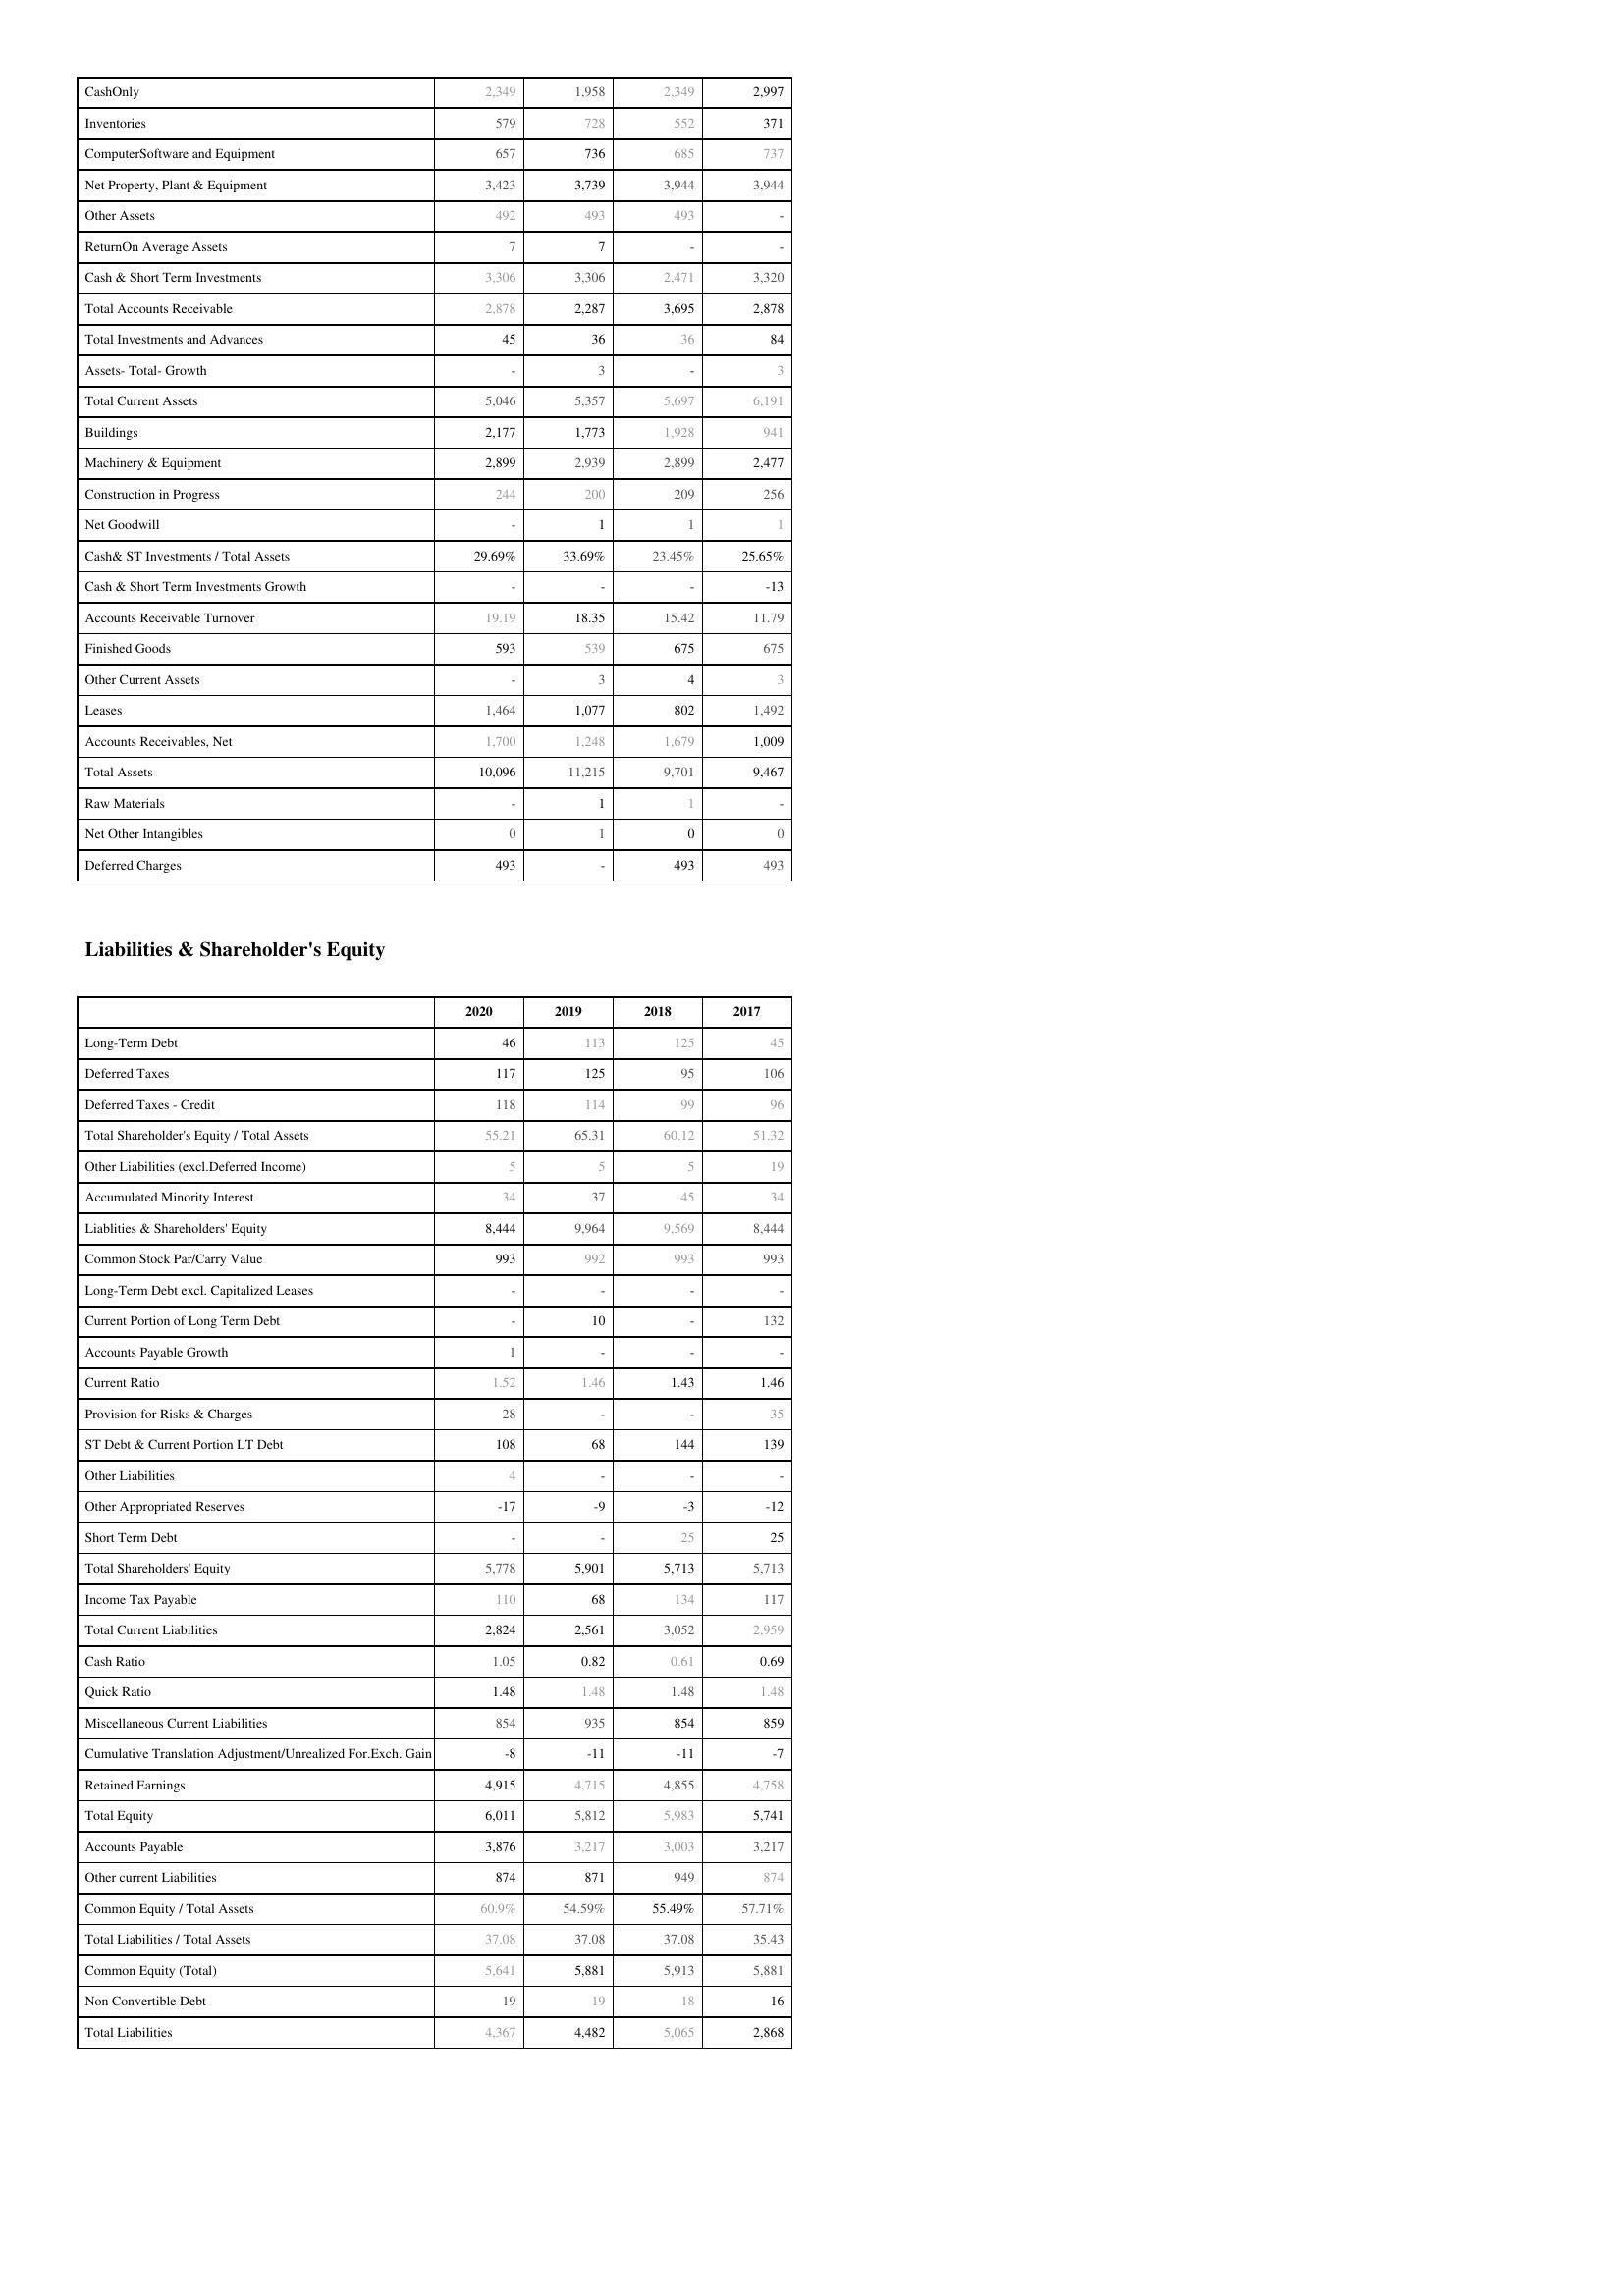
2020: Assets: CashOnly: 2,349
Inventories: 579
ComputerSoftware and Equipment: 657
Net Property, Plant & Equipment: 3,423
Other Assets: 492
ReturnOn Average Assets: 7
Cash & Short Term Investments: 3,306
Total Accounts Receivable: 2,878
Total Investments and Advances: 45
Assets- Total- Growth: -
Total Current Assets: 5,046
Buildings: 2,177
Machinery & Equipment: 2,899
Construction in Progress: 244
Net Goodwill: -
Cash& ST Investments / Total Assets: 29.69%
Cash & Short Term Investments Growth: -
Accounts Receivable Turnover: 19.19
Finished Goods: 593
Other Current Assets: -
Leases: 1,464
Accounts Receivables, Net: 1,700
Total Assets: 10,096
Raw Materials: -
Net Other Intangibles: 0
Deferred Charges: 493
Liabilities & Shareholder's Equity: Long-Term Debt: 46
Deferred Taxes: 117
Deferred Taxes - Credit: 118
Total Shareholder's Equity / Total Assets: 55.21
Other Liabilities (excl.Deferred Income): 5
Accumulated Minority Interest: 34
Liablities & Shareholders' Equity: 8,444
Common Stock Par/Carry Value: 993
Long-Term Debt excl. Capitalized Leases: -
Current Portion of Long Term Debt: -
Accounts Payable Growth: 1
Current Ratio: 1.52
Provision for Risks & Charges: 28
ST Debt & Current Portion LT Debt: 108
Other Liabilities: 4
Other Appropriated Reserves: -17
Short Term Debt: -
Total Shareholders' Equity: 5,778
Income Tax Payable: 110
Total Current Liabilities: 2,824
Cash Ratio: 1.05
Quick Ratio: 1.48
Miscellaneous Current Liabilities: 854
Cumulative Translation Adjustment/Unrealized For.Exch. Gain: -8
Retained Earnings: 4,915
Total Equity: 6,011
Accounts Payable: 3,876
Other current Liabilities: 874
Common Equity / Total Assets: 60.9%
Total Liabilities / Total Assets: 37.08
Common Equity (Total): 5,641
Non Convertible Debt: 19
Total Liabilities: 4,367
2019: Assets: CashOnly: 1,958
Inventories: 728
ComputerSoftware and Equipment: 736
Net Property, Plant & Equipment: 3,739
Other Assets: 493
ReturnOn Average Assets: 7
Cash & Short Term Investments: 3,306
Total Accounts Receivable: 2,287
Total Investments and Advances: 36
Assets- Total- Growth: 3
Total Current Assets: 5,357
Buildings: 1,773
Machinery & Equipment: 2,939
Construction in Progress: 200
Net Goodwill: 1
Cash& ST Investments / Total Assets: 33.69%
Cash & Short Term Investments Growth: -
Accounts Receivable Turnover: 18.35
Finished Goods: 539
Other Current Assets: 3
Leases: 1,077
Accounts Receivables, Net: 1,248
Total Assets: 11,215
Raw Materials: 1
Net Other Intangibles: 1
Deferred Charges: -
Liabilities & Shareholder's Equity: Long-Term Debt: 113
Deferred Taxes: 125
Deferred Taxes - Credit: 114
Total Shareholder's Equity / Total Assets: 65.31
Other Liabilities (excl.Deferred Income): 5
Accumulated Minority Interest: 37
Liablities & Shareholders' Equity: 9,964
Common Stock Par/Carry Value: 992
Long-Term Debt excl. Capitalized Leases: -
Current Portion of Long Term Debt: 10
Accounts Payable Growth: -
Current Ratio: 1.46
Provision for Risks & Charges: -
ST Debt & Current Portion LT Debt: 68
Other Liabilities: -
Other Appropriated Reserves: -9
Short Term Debt: -
Total Shareholders' Equity: 5,901
Income Tax Payable: 68
Total Current Liabilities: 2,561
Cash Ratio: 0.82
Quick Ratio: 1.48
Miscellaneous Current Liabilities: 935
Cumulative Translation Adjustment/Unrealized For.Exch. Gain: -11
Retained Earnings: 4,715
Total Equity: 5,812
Accounts Payable: 3,217
Other current Liabilities: 871
Common Equity / Total Assets: 54.59%
Total Liabilities / Total Assets: 37.08
Common Equity (Total): 5,881
Non Convertible Debt: 19
Total Liabilities: 4,482
2018: Assets: CashOnly: 2,349
Inventories: 552
ComputerSoftware and Equipment: 685
Net Property, Plant & Equipment: 3,944
Other Assets: 493
ReturnOn Average Assets: -
Cash & Short Term Investments: 2,471
Total Accounts Receivable: 3,695
Total Investments and Advances: 36
Assets- Total- Growth: -
Total Current Assets: 5,697
Buildings: 1,928
Machinery & Equipment: 2,899
Construction in Progress: 209
Net Goodwill: 1
Cash& ST Investments / Total Assets: 23.45%
Cash & Short Term Investments Growth: -
Accounts Receivable Turnover: 15.42
Finished Goods: 675
Other Current Assets: 4
Leases: 802
Accounts Receivables, Net: 1,679
Total Assets: 9,701
Raw Materials: 1
Net Other Intangibles: 0
Deferred Charges: 493
Liabilities & Shareholder's Equity: Long-Term Debt: 125
Deferred Taxes: 95
Deferred Taxes - Credit: 99
Total Shareholder's Equity / Total Assets: 60.12
Other Liabilities (excl.Deferred Income): 5
Accumulated Minority Interest: 45
Liablities & Shareholders' Equity: 9,569
Common Stock Par/Carry Value: 993
Long-Term Debt excl. Capitalized Leases: -
Current Portion of Long Term Debt: -
Accounts Payable Growth: -
Current Ratio: 1.43
Provision for Risks & Charges: -
ST Debt & Current Portion LT Debt: 144
Other Liabilities: -
Other Appropriated Reserves: -3
Short Term Debt: 25
Total Shareholders' Equity: 5,713
Income Tax Payable: 134
Total Current Liabilities: 3,052
Cash Ratio: 0.61
Quick Ratio: 1.48
Miscellaneous Current Liabilities: 854
Cumulative Translation Adjustment/Unrealized For.Exch. Gain: -11
Retained Earnings: 4,855
Total Equity: 5,983
Accounts Payable: 3,003
Other current Liabilities: 949
Common Equity / Total Assets: 55.49%
Total Liabilities / Total Assets: 37.08
Common Equity (Total): 5,913
Non Convertible Debt: 18
Total Liabilities: 5,065
2017: Assets: CashOnly: 2,997
Inventories: 371
ComputerSoftware and Equipment: 737
Net Property, Plant & Equipment: 3,944
Other Assets: -
ReturnOn Average Assets: -
Cash & Short Term Investments: 3,320
Total Accounts Receivable: 2,878
Total Investments and Advances: 84
Assets- Total- Growth: 3
Total Current Assets: 6,191
Buildings: 941
Machinery & Equipment: 2,477
Construction in Progress: 256
Net Goodwill: 1
Cash& ST Investments / Total Assets: 25.65%
Cash & Short Term Investments Growth: -13
Accounts Receivable Turnover: 11.79
Finished Goods: 675
Other Current Assets: 3
Leases: 1,492
Accounts Receivables, Net: 1,009
Total Assets: 9,467
Raw Materials: -
Net Other Intangibles: 0
Deferred Charges: 493
Liabilities & Shareholder's Equity: Long-Term Debt: 45
Deferred Taxes: 106
Deferred Taxes - Credit: 96
Total Shareholder's Equity / Total Assets: 51.32
Other Liabilities (excl.Deferred Income): 19
Accumulated Minority Interest: 34
Liablities & Shareholders' Equity: 8,444
Common Stock Par/Carry Value: 993
Long-Term Debt excl. Capitalized Leases: -
Current Portion of Long Term Debt: 132
Accounts Payable Growth: -
Current Ratio: 1.46
Provision for Risks & Charges: 35
ST Debt & Current Portion LT Debt: 139
Other Liabilities: -
Other Appropriated Reserves: -12
Short Term Debt: 25
Total Shareholders' Equity: 5,713
Income Tax Payable: 117
Total Current Liabilities: 2,959
Cash Ratio: 0.69
Quick Ratio: 1.48
Miscellaneous Current Liabilities: 859
Cumulative Translation Adjustment/Unrealized For.Exch. Gain: -7
Retained Earnings: 4,758
Total Equity: 5,741
Accounts Payable: 3,217
Other current Liabilities: 874
Common Equity / Total Assets: 57.71%
Total Liabilities / Total Assets: 35.43
Common Equity (Total): 5,881
Non Convertible Debt: 16
Total Liabilities: 2,868